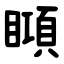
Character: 䁰